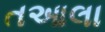
તઆલા